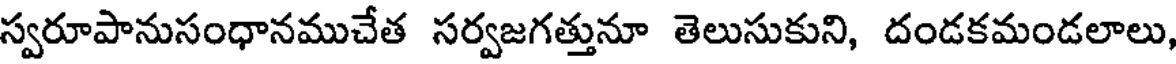
స్వరూపానుసంధానముచేత సర్వజగత్తునూ తెలుసుకుని, దండకమండలాలు,